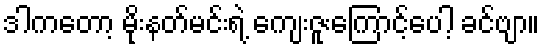
ဒါကတော့ မိုးနတ်မင်းရဲ့ ကျေးဇူးကြောင့်ပေါ့ ခင်ဗျာ။